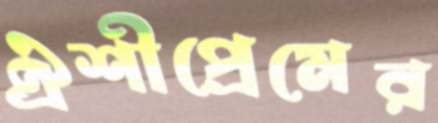
ঐশীপ্রেমের